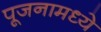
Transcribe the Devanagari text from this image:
पूजनामध्ये